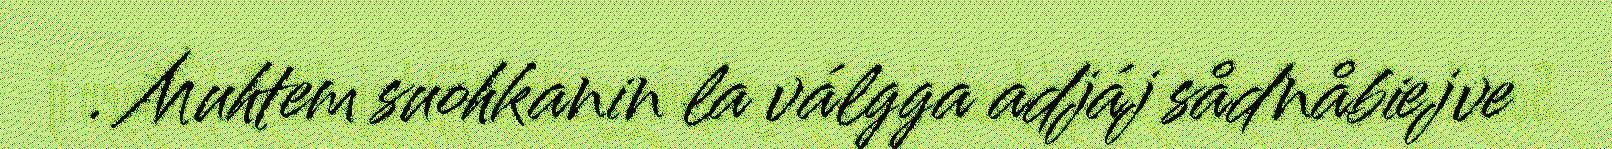
. Muhtem suohkanin la válgga adjáj sådnåbiejve